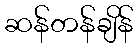
ဆန်တန်ချိန်